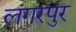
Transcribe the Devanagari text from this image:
लंगरपुर